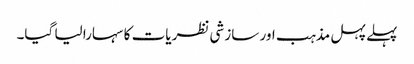
پہلے پہل مذہب اور سازشی نظریات کا سہارا لیا گیا۔